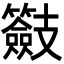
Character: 𭣠